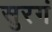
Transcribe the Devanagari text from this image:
सुरगं